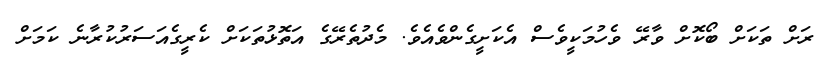
ރަށް ތަކަށް ބޯކޮށް ވާރޭ ވެހުމަކީވެސް އެކަށީގެންވެއެވެ. މެދުތެރޭގެ އަތޮޅުތަކަށް ކެރީގެއަސަރުކުރާނެ ކަމަށް